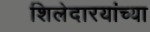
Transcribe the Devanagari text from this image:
शिलेदारयांच्या